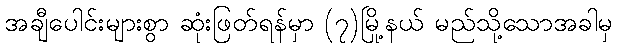
အချီပေါင်းများစွာ ဆုံးဖြတ်ရန်မှာ (၇)မြို့နယ် မည်သို့သောအခါမှ